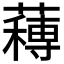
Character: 𮑼